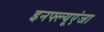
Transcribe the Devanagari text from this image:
इनफ्ल्यूएंजा